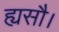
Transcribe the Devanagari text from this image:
ह्यसौ।